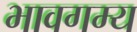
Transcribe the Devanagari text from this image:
भावगम्य